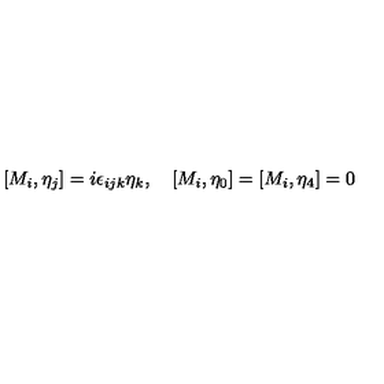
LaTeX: [ M _ { i } , \eta _ { j } ] = i \epsilon _ { i j k } \eta _ { k } , \quad [ M _ { i } , \eta _ { 0 } ] = [ M _ { i } , \eta _ { 4 } ] = 0